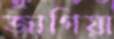
জাগিয়া